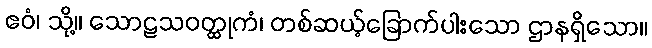
ဧဝံ၊ သို့။ သောဠသဝတ္ထုကံ၊ တစ်ဆယ့်ခြောက်ပါးသော ဌာနရှိသော။